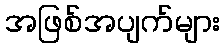
အဖြစ်အပျက်များ